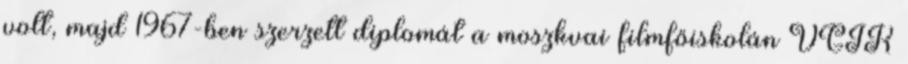
volt, majd 1967-ben szerzett diplomát a moszkvai filmfőiskolán VGIK